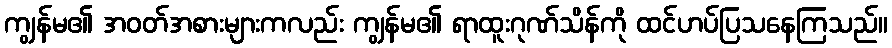
ကျွန်မ၏ အဝတ်အစားများကလည်း ကျွန်မ၏ ရာထူးဂုဏ်သိန်ကို ထင်ဟပ်ပြသနေကြသည်။